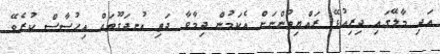
އަދި މާލޭގައި ދިރިއުޅޭ ރައްޔިތުންނަށް އެކަމުން ދިމާވާ ދަތި އުނދަގޫތައް އިހުސާސް ކުރެވޭ